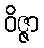
ဝိဇ္ဇာ